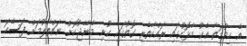
އެ ހިދުމަތާ އެކު މާޅޮހުގައި ރައްކާތެރި ގޮތުގައި ކުނި މެނޭޖުކޮށް ނައްތާލުމަށް ފަސޭހަ